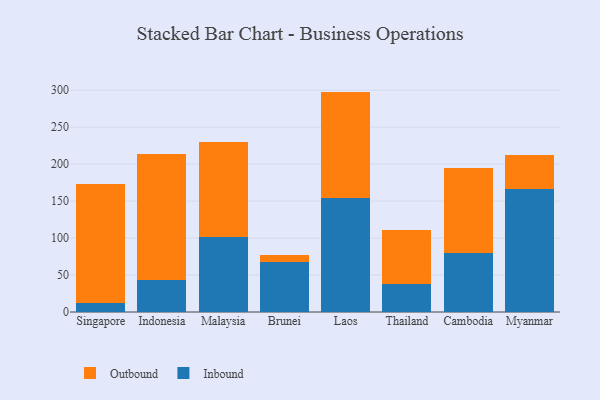
{"axis": {"x": "Country", "y": "Tickets Resolved"}, "legend": ["Inbound", "Outbound"], "data": [{"x": "Singapore", "y": 12.8, "type": "Inbound"}, {"x": "Singapore", "y": 160.7, "type": "Outbound"}, {"x": "Indonesia", "y": 42.7, "type": "Inbound"}, {"x": "Indonesia", "y": 171.2, "type": "Outbound"}, {"x": "Malaysia", "y": 101.3, "type": "Inbound"}, {"x": "Malaysia", "y": 128.6, "type": "Outbound"}, {"x": "Brunei", "y": 67.5, "type": "Inbound"}, {"x": "Brunei", "y": 9.6, "type": "Outbound"}, {"x": "Laos", "y": 154.5, "type": "Inbound"}, {"x": "Laos", "y": 143.6, "type": "Outbound"}, {"x": "Thailand", "y": 37.8, "type": "Inbound"}, {"x": "Thailand", "y": 72.7, "type": "Outbound"}, {"x": "Cambodia", "y": 80.1, "type": "Inbound"}, {"x": "Cambodia", "y": 114.6, "type": "Outbound"}, {"x": "Myanmar", "y": 166.1, "type": "Inbound"}, {"x": "Myanmar", "y": 46.4, "type": "Outbound"}]}